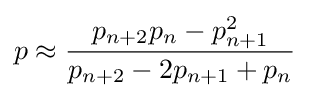
p\approx {\frac {p_{n+2}p_{n}-p_{n+1}^{2}}{p_{n+2}-2p_{n+1}+p_{n}}}